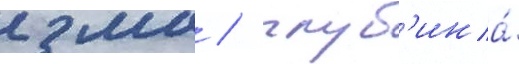
2 мм / глуб'ина́